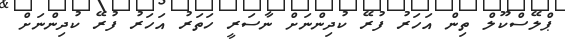
ޕްލޭސްކޫލް ތިން އަހަރު ފުރޭ ކުދިންނަށް ނާސަރީ ހަތަރު އަހަރު ފުރޭ ކުދިންނަށް